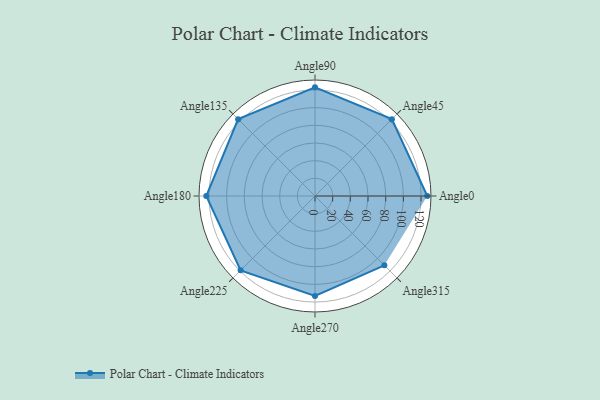
{"axis": {"x": "Angle", "y": "Radius"}, "legend": [""], "data": [{"x": "Angle0", "y": 127.0, "type": ""}, {"x": "Angle45", "y": 123.0, "type": ""}, {"x": "Angle90", "y": 123.0, "type": ""}, {"x": "Angle135", "y": 123.0, "type": ""}, {"x": "Angle180", "y": 123.0, "type": ""}, {"x": "Angle225", "y": 119.0, "type": ""}, {"x": "Angle270", "y": 113.0, "type": ""}, {"x": "Angle315", "y": 111.0, "type": ""}]}